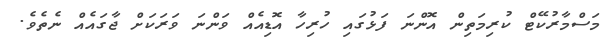
މަސްމާރުކޭޓް ކުރިމަތިން އޮންނަ ފަޅުގައި ހުރިހާ އޮޑިއެއް ވަންނަ ވަރަކަށް ޖާގައެއް ނެތެވެ.